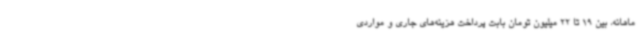
ماهانه، بین 19 تا 22 میلیون تومان بابت پرداخت هزینه‌های جاری و مواردی